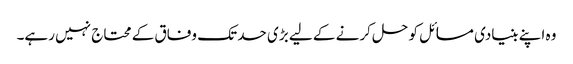
وہ اپنے بنیادی مسائل کو حل کرنے کے لیے بڑی حد تک وفاق کے محتاج نہیں رہے۔